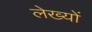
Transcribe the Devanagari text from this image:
लेख्यों